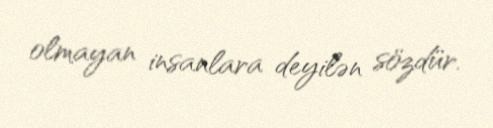
olmayan insanlara deyilən sözdür.